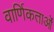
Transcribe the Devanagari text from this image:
वार्णिकताओं